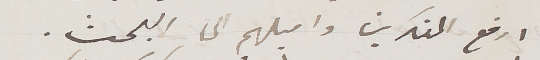
ارفع المفكرين واميلهم الى البحث.